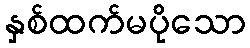
နှစ်ထက်မပိုသော